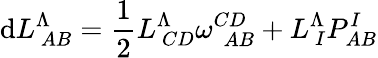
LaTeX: \mathrm{d}L_{\ AB}^{\Lambda}={\frac{{1}}{{2}}}L_{\ CD}^{\Lambda}\omega_{\ \ AB}^{CD}+L_{\ I}^{\Lambda}P_{AB}^{I}